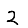
Digit: 2